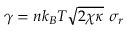
\begin{array} { r } { \gamma = n k _ { B } T \sqrt { 2 \chi \kappa } ~ \sigma _ { r } } \end{array}